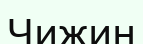
Чижин